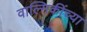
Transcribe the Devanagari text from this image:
वाल्मिकींच्या